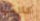
كلامها